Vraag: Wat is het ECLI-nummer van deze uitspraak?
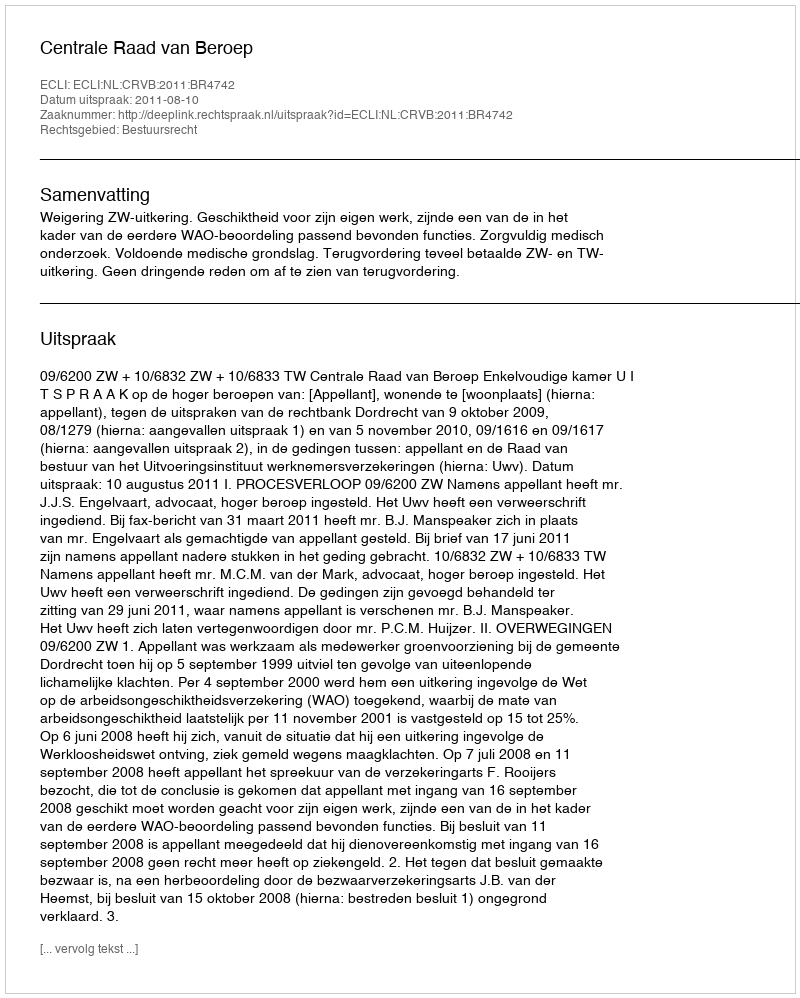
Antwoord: ECLI:NL:CRVB:2011:BR4742